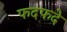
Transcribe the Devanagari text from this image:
फदफदे